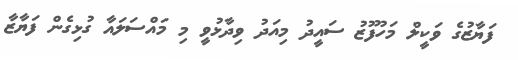
ފަޔާޒުގެ ވަކީލް މަހުފޫޒު ސައީދު މިއަދު ވިދާޅުވީ މި މައްސަލައާ ގުޅިގެން ފަޔާޒާ